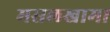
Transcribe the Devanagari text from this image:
मसलखामा